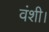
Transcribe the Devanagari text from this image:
वंशी।